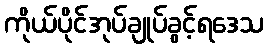
ကိုယ်ပိုင်အုပ်ချုပ်ခွင့်ရဒေသ